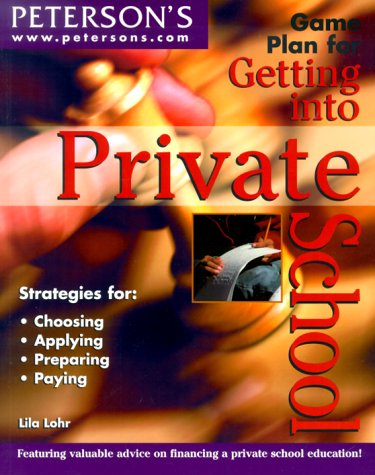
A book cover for Game Plan Get into PrivSch (Game Plan for Getting Into Private School); Peterson's; Test Preparation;